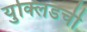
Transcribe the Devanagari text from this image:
युक्लिडची